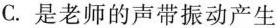
C.是老师的声带振动产生